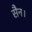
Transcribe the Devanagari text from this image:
सैन।